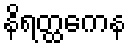
နိရတ္ထကေန